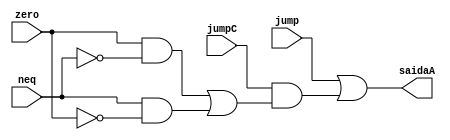
module jcontrol(
    jump,
    jumpC,
    neq,
    zero,
    saidaA
);
input jump, jumpC, neq, zero;
output reg saidaA;

always @(*)
    saidaA = (jump) | ((jumpC) & ((zero & ~neq ) | (neq & ~zero)));
    
endmodule